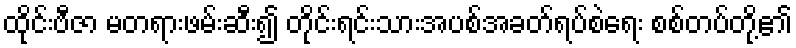
ထိုင်းဗီဇာ မတရားဖမ်းဆီး၍ တိုင်းရင်းသားအပစ်အခတ်ရပ်စဲရေး စစ်တပ်တို့၏